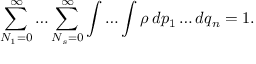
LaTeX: \sum _ { N _ { 1 } = 0 } ^ { \infty } \ldots \sum _ { N _ { s } = 0 } ^ { \infty } \int \ldots \int \rho \, d p _ { 1 } \ldots d q _ { n } = 1 .